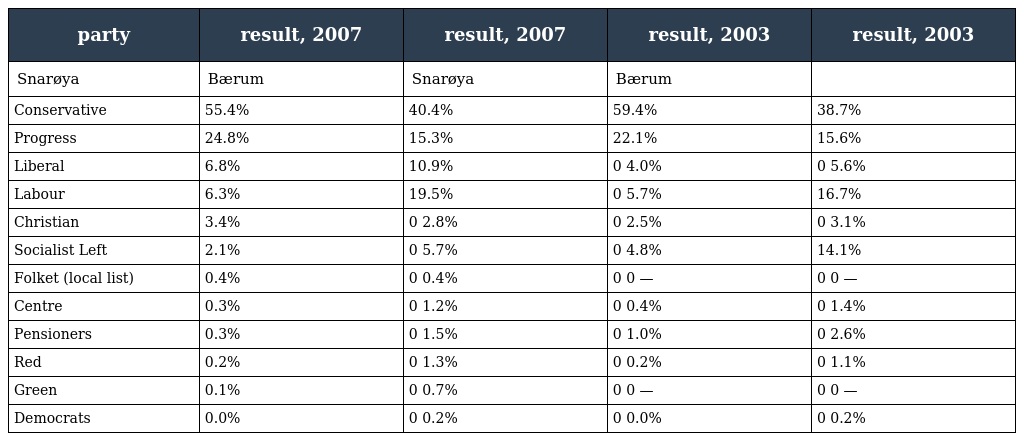
| party | result, 2007 | result, 2007 | result, 2003 | result, 2003 |
 | --- | --- | --- | --- | --- |
 | Snarøya | Bærum | Snarøya | Bærum |  |
 | Conservative | 55.4% | 40.4% | 59.4% | 38.7% |
 | Progress | 24.8% | 15.3% | 22.1% | 15.6% |
 | Liberal | 6.8% | 10.9% | 0 4.0% | 0 5.6% |
 | Labour | 6.3% | 19.5% | 0 5.7% | 16.7% |
 | Christian | 3.4% | 0 2.8% | 0 2.5% | 0 3.1% |
 | Socialist Left | 2.1% | 0 5.7% | 0 4.8% | 14.1% |
 | Folket (local list) | 0.4% | 0 0.4% | 0 0 — | 0 0 — |
 | Centre | 0.3% | 0 1.2% | 0 0.4% | 0 1.4% |
 | Pensioners | 0.3% | 0 1.5% | 0 1.0% | 0 2.6% |
 | Red | 0.2% | 0 1.3% | 0 0.2% | 0 1.1% |
 | Green | 0.1% | 0 0.7% | 0 0 — | 0 0 — |
 | Democrats | 0.0% | 0 0.2% | 0 0.0% | 0 0.2% |